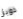
دوبز